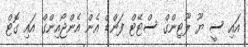
އައި ސީ ޔޫ ލޫޓިންގް ސްޓޭޓް ފަންޑް އެން އެންޖޯއިންގް އައި ގޮޓް